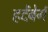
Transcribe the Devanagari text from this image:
हर्देंबेर्ग